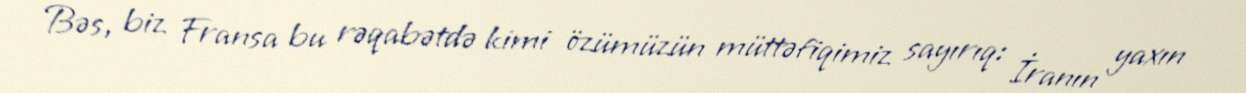
Bəs, biz Fransa bu rəqabətdə kimi özümüzün müttəfiqimiz sayırıq: İranın yaxın